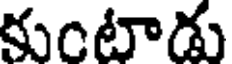
కుంటాడు